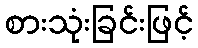
စားသုံးခြင်းဖြင့်